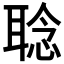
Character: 𱻻